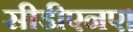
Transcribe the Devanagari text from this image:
सीडीएनए।